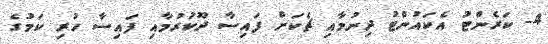
4- ކަރެންޓު އެކައުންޓު ދިނުމާއި ޗެކަށް ފައިސާ ދޫކުރުމާއި ފައިސާ ހުރި ކަމުގެ